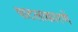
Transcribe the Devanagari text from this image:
पाटलाकारणें